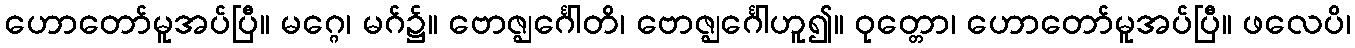
ဟောတော်မူအပ်ပြီ။ မဂ္ဂေ၊ မဂ်၌။ ဗောဇ္ဈင်္ဂေါတိ၊ ဗောဇ္ဈင်္ဂေါဟူ၍။ ဝုတ္တော၊ ဟောတော်မူအပ်ပြီ။ ဖလေပိ၊